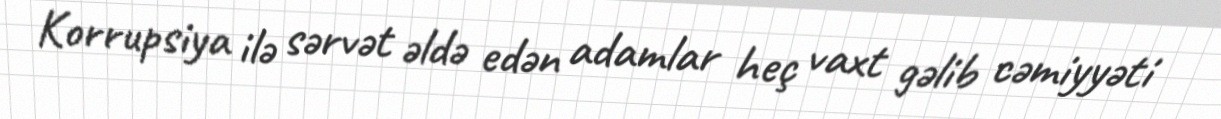
Korrupsiya ilə sərvət əldə edən adamlar heç vaxt gəlib cəmiyyəti